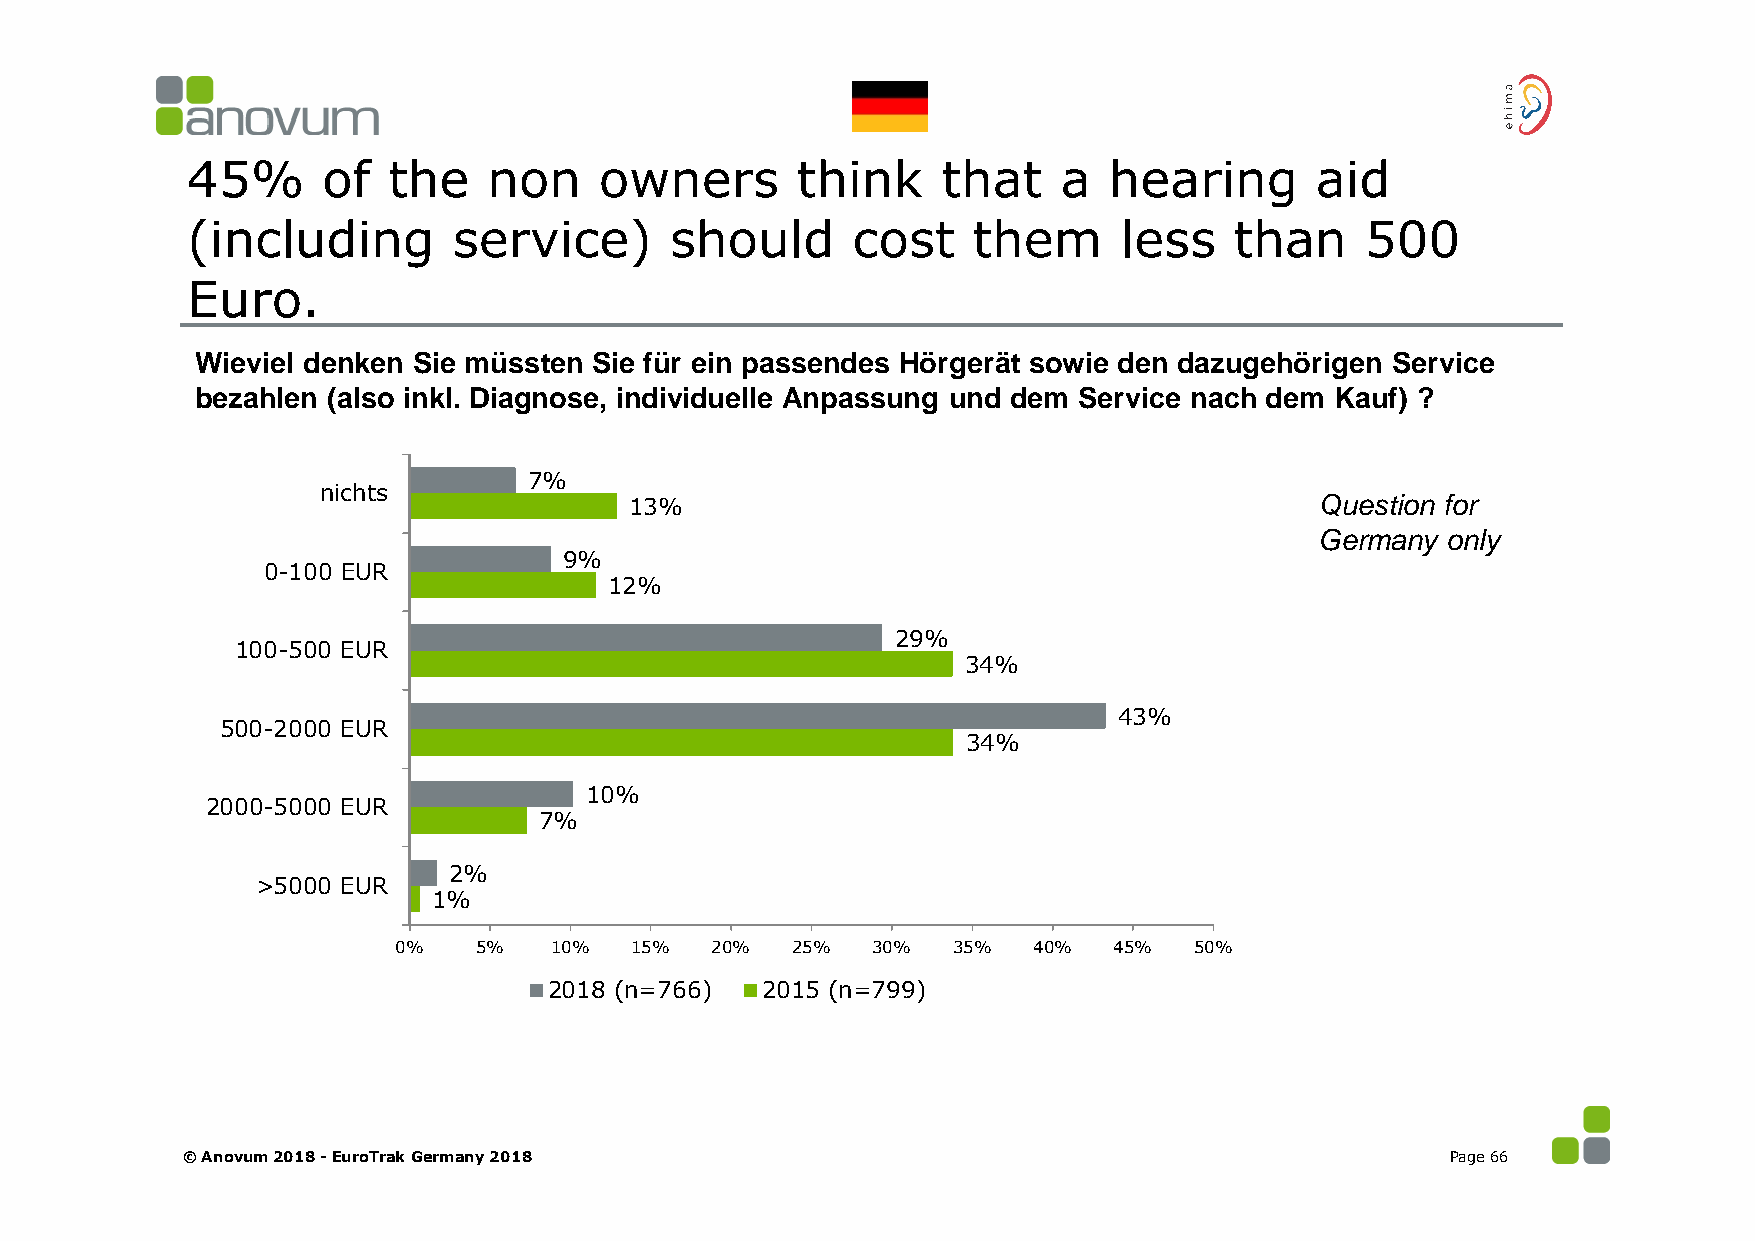
45%      of   the   non     owners       think    that    a  hearing       aid
 (including        service)      should      cost    them      less    than    500
 Euro.
 Wieviel denken Sie müssten Sie für ein passendes Hörgerät sowie den dazugehörigen Service
 bezahlen (also inkl. Diagnose, individuelle Anpassung und dem Service nach dem Kauf) ?
 7%
 nichts
 13%                                          Question for
 Germany  only
 9%
 0-100 EUR
 12%
 29%
 100-500 EUR
 34%
 43%
 500-2000 EUR
 34%
 10%
 2000-5000 EUR
 7%
 2%
 >5000 EUR
 1%
 0%   5%   10%   15%  20%  25%   30%  35%  40%   45%  50%
 2018 (n=766)  2015 (n=799)
 © Anovum 2018 -EuroTrak Germany 2018                                                Page 66